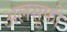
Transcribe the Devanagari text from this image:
अलसूफ़ी